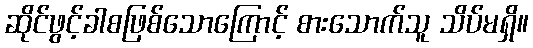
ဆိုင်ဖွင့်ခါစဖြစ်သောကြောင့် စားသောက်သူ သိပ်မရှိ။